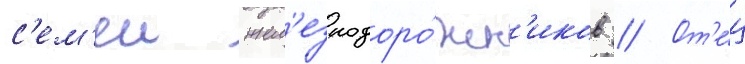
с'ем'еи жел'езнодоро́жн'иков // От'е́ц